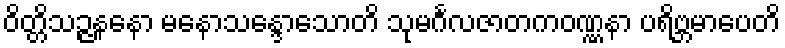
ဝိတ္တိသဉ္ဇနနော မနောသန္ဒောသောတိ သုမင်္ဂလဇာတကဝဏ္ဏနာ ပရိဗ္ဘမာပေတိ